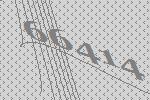
66414